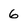
Character: 6